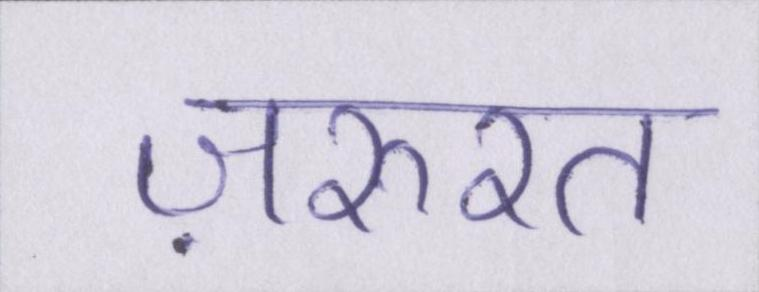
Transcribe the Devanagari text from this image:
ज़रुरत